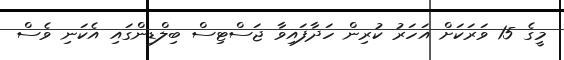
މީގެ 15 ވަރަކަށް އަހަރު ކުރިން ހަދާފައިވާ ޖަސްޓިސް ބިލްޑިންގައި އެކަނި ވެސް